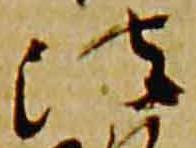
法